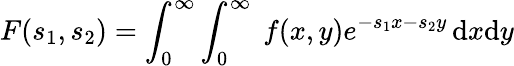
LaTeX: F(s_{1},s_{2})=\int_{0}^{\infty}\int_{0}^{\infty}\ f(x,y)e^{-s_{1}x-s_{2}y}\, \mathrm{d}x\mathrm{d}y